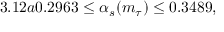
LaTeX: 3 . 1 2 a 0 . 2 9 6 3 \leq \alpha _ { s } ( m _ { \tau } ) \leq 0 . 3 4 8 9 ,